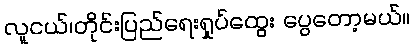
လူငယ်၊တိုင်းပြည်ရေးရှုပ်ထွေး ပွေတော့မယ်။